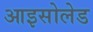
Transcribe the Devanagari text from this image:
आइसोलेड